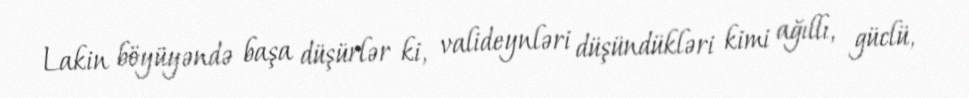
Lakin böyüyəndə başa düşürlər ki, valideynləri düşündükləri kimi ağıllı, güclü,